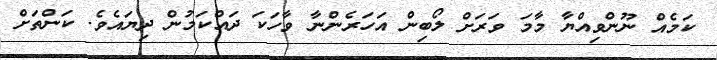
ކަމެއް ނޫންވިއްޔާ މާމަ ވަރަށް ލޯބިން އަހަރެންނާ ވާހަކަ ދައްކަމުން ދިޔައެވެ. ކަންތަށް